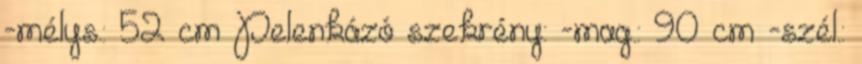
-mélys.: 52 cm Pelenkázó szekrény: -mag.: 90 cm -szél.: